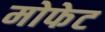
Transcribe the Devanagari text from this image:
मोफेट